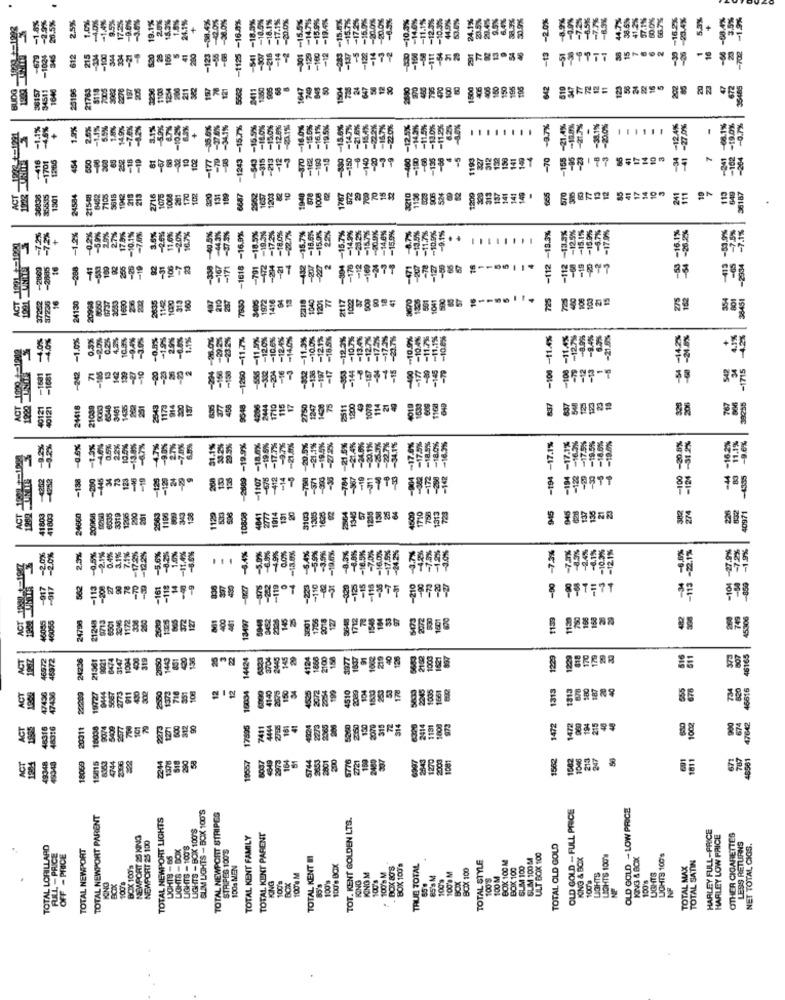
20%
-2.0%
-7.7%
44.7%
66.7%
16 5.3%
2.5%
1.0%
-1,4%
19.1%
24.1%
-702 -1.9%
18568
-13
15
-1024
612
215
-100
-112
# FF99TT
25196
3082
2276
206
642
519
123
20
672
$6157
21765
8115
4.6%
1.2%
-1.1%
55%
140%
-34.1%
-1243 -15.7%
15.5%
100%
15.0%
12.0%
15.0%
15.0%
-830 -15.6%
-140 -15.4%
20%
21.4%
-200%
-
-34 -12.4%
-
-102 -19.0%
454
550
10
-177
- TO
-315
-213
-70
-23
14
-41
7
264
-416
213
ACT
36836
35535
1301
34584
21548
7105
2716
1008
201
170
102
131
109
6687
1EST
1203
1787
1200
141
570
111
96187
-1.2%
-0.2%
-5,0%
2.0%
2.7%
175%
-26 -10.1%
-20%
-20%
16.%
-330 -40.5%
-112 -18.3%
-17.9%
-7.1%
-72%
3.0%
-1618 -16.9%
-18.5
-19.30
-172%
-22.7%
18,6%
25%
-15.7
-10.0%
9.1%
12.5%
-18.15
15, 0%
8-16,1%
-26.2%
-112 -13.
18
-2860
16
-208
100
-19
92
108
-167
-171
-304
2934
@ #87977
8660
1680
313
160
210
287
1416
723
275
354
37235
4130
232
2638
2117
3045
-242 -1.0%
0.3%
20%
10.3%
-30%
-20 -0.58
-11.7%
12.0%
-12.4%
-140%
11.2%
10.0%
12.1%
18.5%
-12.3%
-10.7%
2.7%
11.1%
-11.4%
11,4%
-12.7%
-21.5%
+54
21 77
11
129
-10
-166
-100
-7
-12
-13
-5
-1531
-186
1280
100
-1715
40121
40121
21418
21089
1635
251
2543
1175
914
2444
1710
2750
75
2511
1.200
1078
837
537
767
-0.6%
10.5%
-13,8%
-12 -80%
-19.9%
-18,0%
-195%
-21.0%
-21.1%
-21 5%
-24,00%
-34.1%
-194 -17.1%
-2 -17.5%
-20,
-2
-138
-200
-445
34
123
-tas
110
-1107
412
-14
-19
6035
1296
138
1305
41803
41803
24660
20068
3319
2563
1106
1129
10808
4841
2777
1914
131
1345
125g
4500
832
0971
3.1%
-12.2%
-5.6%
-8.2%
-1.4%
-2,0%
-2.0%
2.5%
-0,5%
-4.4%
5,0%
4.9%
-13.0%
-19.0%
7.3%
-12 19
14
562
-113
-208
27
-30
-161
-118
430
-378
-119
-110
-320
-125
-15
& #87F77
46055
46066
24798
21248
1172
1325
372
400
481
13497
3001
1766
127
1712
5473
2002
1159
45.306
9713
5948
1247
46972
46972
24236
21561
9021
400
319
1445
801
14424
6323
145
4124
1868
2100
1.58
3977
1637
219
2102
$97
1229
170
178
007
4616
ACT
1372
718
351
108
12
12
150
4525
20/2
199
2009
104
178
1005
1313
820
ACT
47436
17436
22200
19727
2773
911
302
16034
4140
4510
315
17595
ACT
46316
48316
20011
9074
5400
2577
101
90
42224
315
72
314
2014
1131
1808
1472
1472
194
215
1002
674
18059
15015
19587
164
2043
1270
2003
1082
213
247
691
1811
787
ACT
1204
49348
49348
4744
2396
322
2244
1378
5007
2973
200
5776
6907
1081
OLD GOLD -- FULL PRICE
OLD GOLD - LOW PRICE
TOTAL NEWPORT PARENT
TOTAL NEWPORT LIGHTS
SUM LIGHTS - BOX 100'S
TOTAL NEWPORT STRIPES
TOT. KENT GOLDEN LTS.
LIGHTS - BOX 100'S
HARLEY FULL-PRICE
NEWPORT 23 KING
NEWPORT 25 100
TOTAL KENT FAMILY
TOTAL KENT PARENT
HARLEY LOW PRICE
OTHER CIGARETTES
LESS RETURNS
TOTAL LORILLARD
TOTAL NEWPORT
LIGHTS - DOX
LIGHTS - 100'8
STRIPOG 100'5
TOTAL OLD GOLD
NET TOTAL CIGS.
FULL -PRICE
OFF - PRICE
UCHT9- 66
TOTAL KENT III
TOTAL STYLE
SLIM 100M
ULT BOX 100
KING & BOK
LIGHTS 100'S
KING & BOX
LIGHTS 100'S
TOTAL SATIN
BOX 100's
100a MEN
100'e Box
. BOX 808
BOX 100's
TRUE TOTAL
BOXX 100
BOX 100 M
BOX 100
SLIM 100
TOTAL MAX
BOX
ICING
KING M
100's M
1009
100 M
100%
LIGHTS
100's
LIGHTS
KONG
100's
100's
18